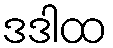
ဒဒါထ